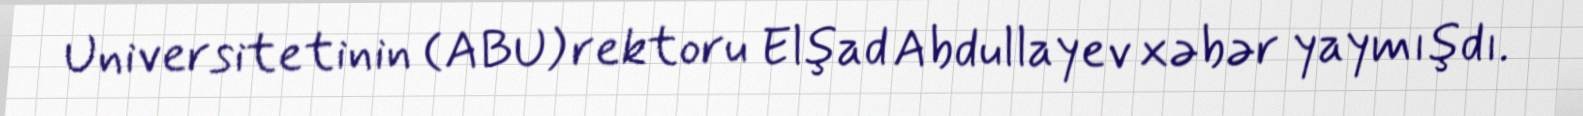
Universitetinin (ABU) rektoru Elşad Abdullayev xəbər yaymışdı.